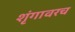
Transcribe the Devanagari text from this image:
शृंगावरच